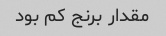
مقدار برنج کم بود